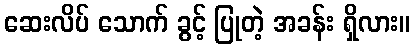
ဆေးလိပ် သောက် ခွင့် ပြုတဲ့ အခန်း ရှိလား။